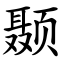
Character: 颞